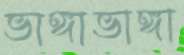
ভাঙ্গাভাঙ্গা